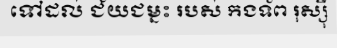
ទៅដល់ ជ័យជម្នះ របស់ កងទ័ព រុស្ស៊ី